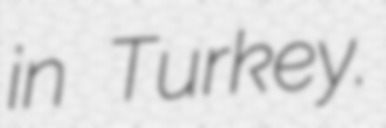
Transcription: in Turkey.